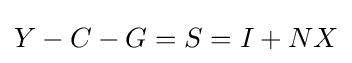
Y-C-G=S=I+NX